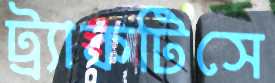
ট্র্যাকটিসে